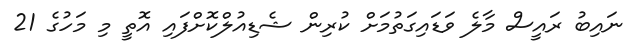
ނައިބު ރައީސް މާލެ ވަޑައިގަތުމަށް ކުރިން ޝެޑިއުލްކޮށްފައި އޮތީ މި މަހުގެ 21